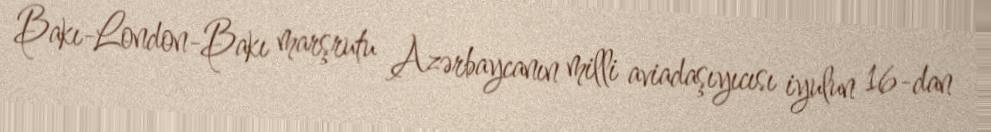
Bakı-London-Bakı marşrutu Azərbaycanın milli aviadaşıyıcısı iyulun 16-dan